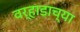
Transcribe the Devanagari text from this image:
वर्‍हाडाच्या